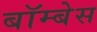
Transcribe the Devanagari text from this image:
बॉम्बेस